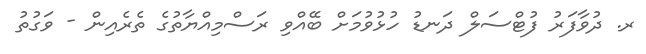
ރ. ދުވާފަރު ފުޓްސަލް ދަނޑު ހުޅުވުމަށް ބޭއްވި ރަސްމިއްޔާތުގެ ތެރެއިން - ވަގުތު